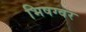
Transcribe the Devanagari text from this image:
भिषग्वर